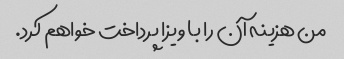
من هزینه آن را با ویزا پرداخت خواهم کرد.